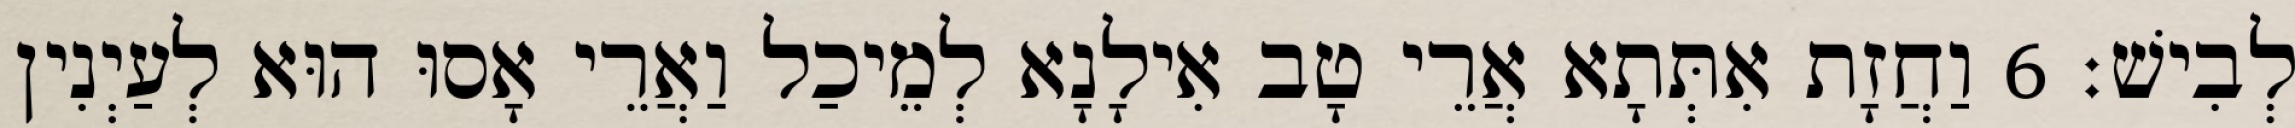
לְבִישׁ׃ 6 וַחֲזָת אִתְּתָא אֲרֵי טָב אִילָנָא לְמֵיכַל וַאֲרֵי אָסוּ הוּא לְעַיְנִין